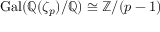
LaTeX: \operatorname { G a l } ( \mathbb { Q } ( \zeta _ { p } ) / \mathbb { Q } ) \cong \mathbb { Z } / ( p - 1 )